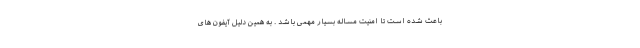
باعث شده است تا امنیت مساله بسیار مهمی باشد . به همین دلیل آیفون های